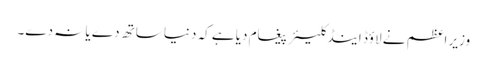
وزیر اعظم نے لاؤڈ اینڈ کلیئر پیغام دیا ہے کہ دنیا ساتھ دے یا نہ دے۔